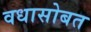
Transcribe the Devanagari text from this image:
वधासोबत